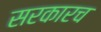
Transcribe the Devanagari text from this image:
सरकारच